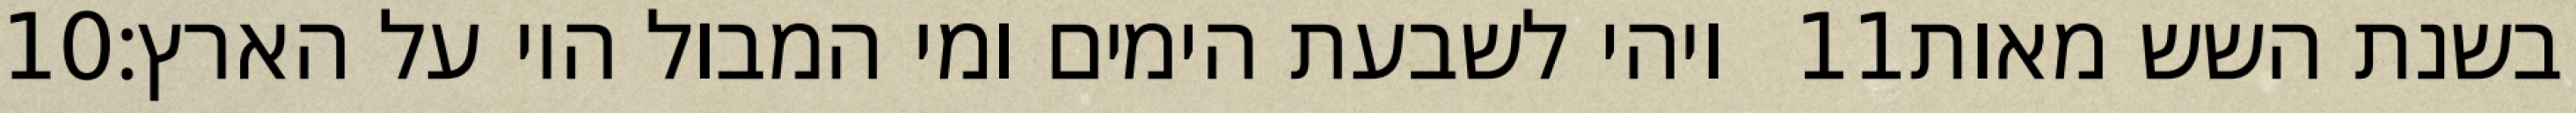
‎10‏ ויהי לשבעת הימים ומי המבול היו על הארץ׃ ‎11‏ בשנת השש מאות